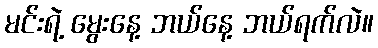
မင်းရဲ့ မွေးနေ့ ဘယ်နေ့ ဘယ်ရက်လဲ။